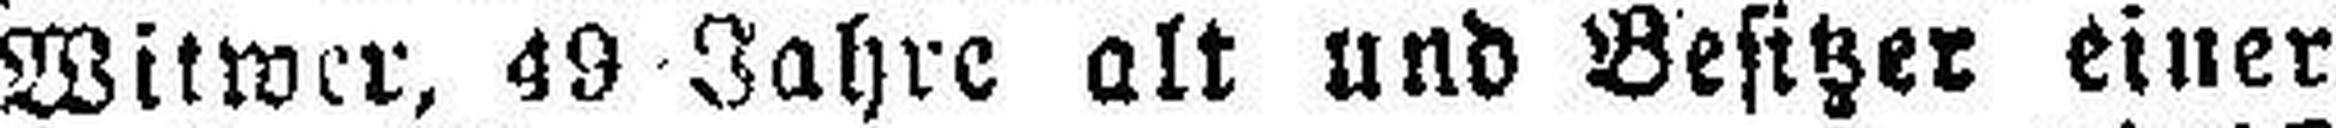
Witwer, 49 Jahre alt und Besitzer einer